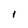
Character: I